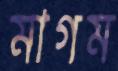
মাগম